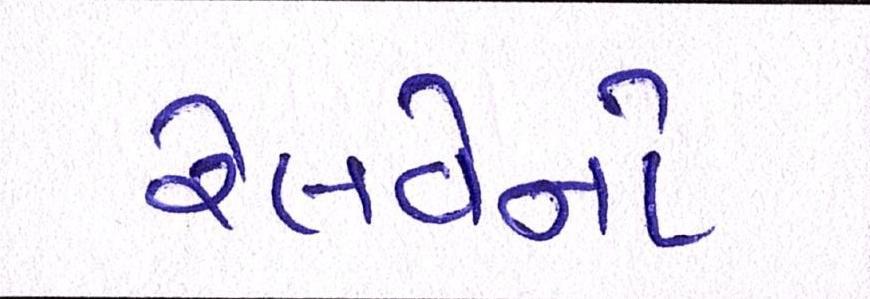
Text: રેલવેનો